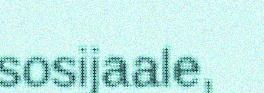
sosijaale,